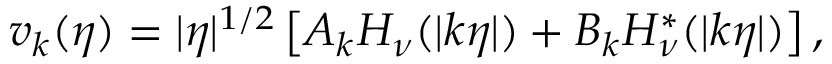
v _ { k } ( \eta ) = | \eta | ^ { 1 / 2 } \left[ A _ { k } H _ { \nu } ( | k \eta | ) + B _ { k } H _ { \nu } ^ { * } ( | k \eta | ) \right] ,